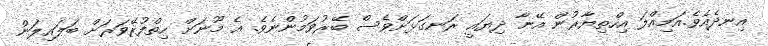
އިނދެއެވެ.އަމިއްލަ އިހްތިޔާރުން އޭނާ ދިޔައީ ރަނގަޅަށްވެސް ބޭރުވަމުންނެވެ. އެ މޫނަށް ހިތްފުރޭވަރަށް ބަލައިލަން